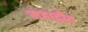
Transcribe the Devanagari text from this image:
महाद्वीव